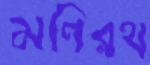
মণিরথ